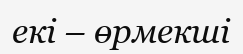
екi – өрмекшi